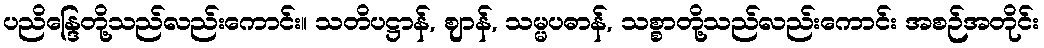
ပညိန္ဒြေတို့သည်လည်းကောင်း။ သတိပဋ္ဌာန်, ဈာန်, သမ္မပဓာန်, သစ္စာတို့သည်လည်းကောင်း အစဉ်အတိုင်း